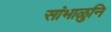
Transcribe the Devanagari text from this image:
सांभाळुनि